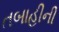
તબાહીની